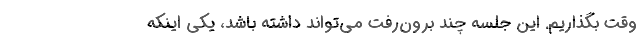
وقت بگذاریم. این جلسه چند برون‌رفت می‌تواند داشته باشد، یکی اینکه